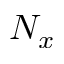
N _ { x }